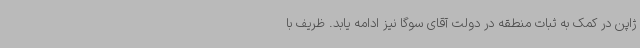
ژاپن در کمک به ثبات منطقه در دولت آقای سوگا نیز ادامه یابد. ظریف با